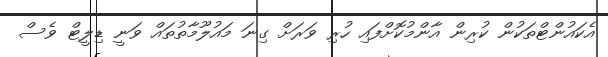
އެކައުންޓްތަކުން ކުރިން އާންމުކޮށްފައި ހުރި ވަރަށް ގިނަ މައުލޫމާތުތައް ވަނީ ޑިލީޓް ވެސް